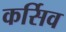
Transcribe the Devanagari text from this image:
कर्सिव